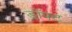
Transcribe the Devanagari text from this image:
ड्रॉफ्ट